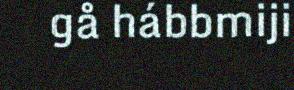
gå hábbmiji